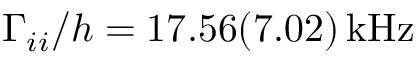
\Gamma _ { i i } / h = 1 7 . 5 6 ( 7 . 0 2 ) \, \mathrm { { k H z } }